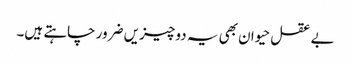
بے عقل حیوان بھی یہ دو چیزیں ضرور چاہتے ہیں۔